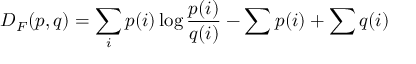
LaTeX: D _ { F } ( p , q ) = \sum _ { i } p ( i ) \log { \frac { p ( i ) } { q ( i ) } } - \sum p ( i ) + \sum q ( i )